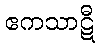
ဧကသာဋီ